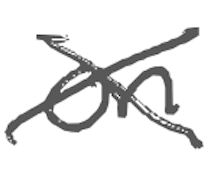
Text: on
Cross-out: cross
Writing tool: digital_gray